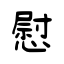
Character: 慰